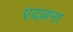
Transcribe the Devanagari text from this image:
एदज़ना